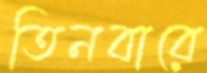
তিনবারে